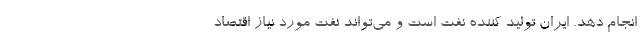
انجام دهد. ایران تولید کننده نفت است و می‌تواند نفت مورد نیاز اقتصاد